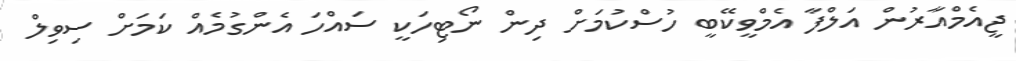
ޖީއެމްއާރުން އަލްފާ އެމްވީކޭބީ ހުސްކުމަށް ދިން ނޯޓިހަކީ ސައްހަ އެންގުމެއް ކަމަށް ސިވިލް